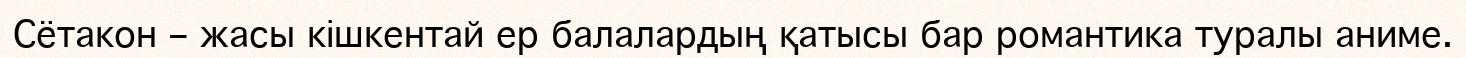
Сётакон – жасы кішкентай ер балалардың қатысы бар романтика туралы аниме.